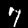
Label: 7